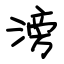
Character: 滂